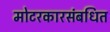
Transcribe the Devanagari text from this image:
मोटरकारसंबधित